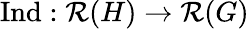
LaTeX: {\mathrm{Ind}}:{\mathcal{R}}(H)\to{\mathcal{R}}(G)